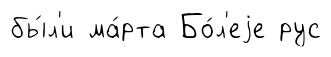
бы́л'и ма́рта Бо́л'еjе рус